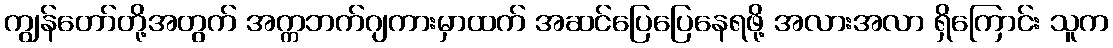
ကျွန်တော်တို့အတွက် အက္ကဘက်ဂျကားမှာထက် အဆင်ပြေပြေနေရဖို့ အလားအလာ ရှိကြောင်း သူက